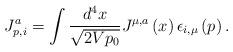
LaTeX: \begin{align*}J_{p,i}^a=\int \frac{d^4x}{\sqrt{2Vp_0}}J^{\mu,a}\left(x\right)\epsilon _{i,\mu }\left(p\right).\end{align*}